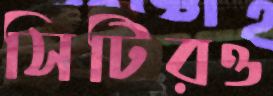
সিটিরও